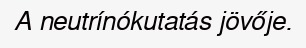
A neutrínókutatás jövője.